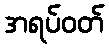
အရပ်ဝတ်